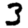
Digit: 3